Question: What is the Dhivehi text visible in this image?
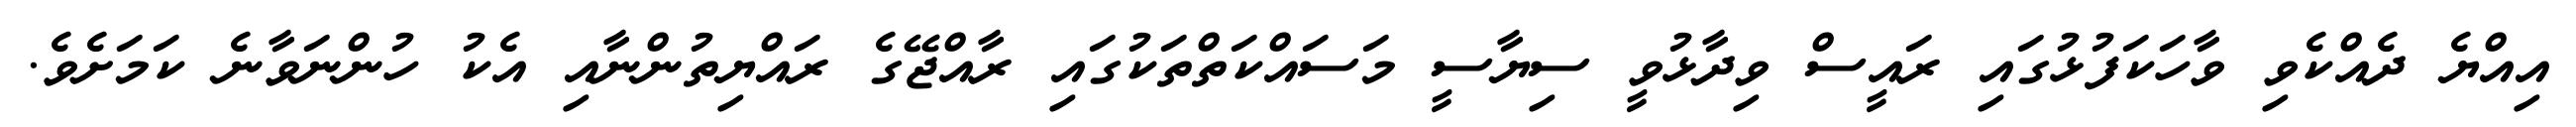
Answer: އިއްޔެ ދެއްކެވި ވާހަކަފުޅުގައި ރައީސް ވިދާޅުވީ ސިޔާސީ މަސައްކަތްތަކުގައި ރާއްޖޭގެ ރައްޔިތުންނާއި އެކު ހުންނަވާނެ ކަމަށެވެ.